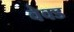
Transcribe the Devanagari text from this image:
वेक्ड